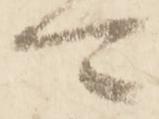
可